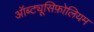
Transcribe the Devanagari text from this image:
ऑब्ट्यूसिफ़ोलियम